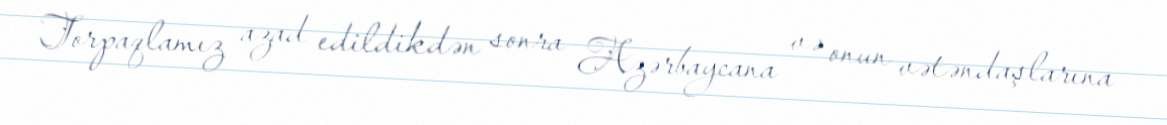
Torpaqlamız azad edildikdən sonra Azərbaycana və onun vətəndaşlarına